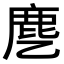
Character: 𬸺